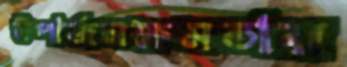
উপার্জনক্ষমতার